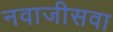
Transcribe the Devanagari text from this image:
नवाजीसवा